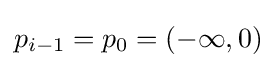
p_{i-1}=p_{0}=(-\infty ,0)